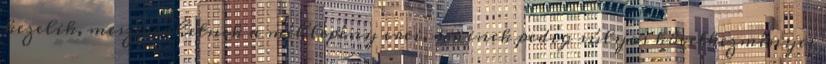
kezelik, meszesedhetnek a méhlepény erei, aminek pedig súlyos következményei